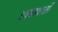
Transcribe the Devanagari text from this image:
त्वचावालों